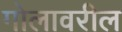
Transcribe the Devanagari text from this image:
गोलावरील